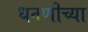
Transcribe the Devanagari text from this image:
धनणीच्या